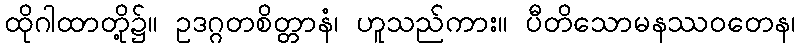
ထိုဂါထာတို့၌။ ဥဒဂ္ဂတစိတ္တာနံ၊ ဟူသည်ကား။ ပီတိသောမနဿဝတေန၊